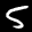
Label: 5